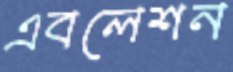
এবলেশন